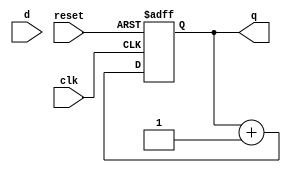
module shift_reg(
    input clk,
    input reset,
    input d,
    output reg [3:0] q
);

always @ (posedge clk or negedge reset) begin
    if(!reset)
        q <= 4'b0000;
    else
        q <= q + 4'b0001;
end
endmodule